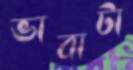
ভাবাটা